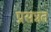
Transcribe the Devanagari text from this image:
प्रसन्नत